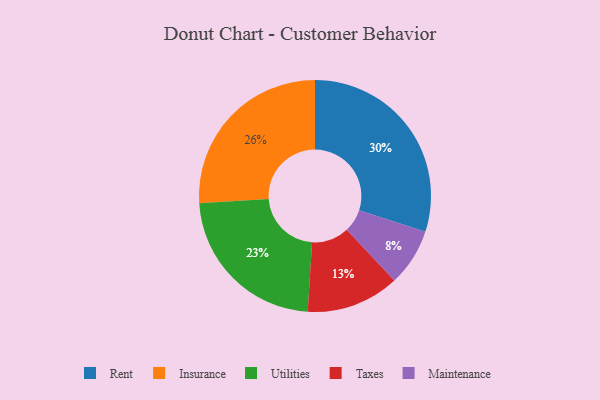
{"axis": {"x": "Category", "y": "Percentage"}, "legend": ["Insurance", "Maintenance", "Rent", "Taxes", "Utilities"], "data": [{"x": "Insurance", "y": 26, "type": "Insurance"}, {"x": "Rent", "y": 30, "type": "Rent"}, {"x": "Taxes", "y": 13, "type": "Taxes"}, {"x": "Maintenance", "y": 8, "type": "Maintenance"}, {"x": "Utilities", "y": 23, "type": "Utilities"}]}